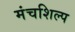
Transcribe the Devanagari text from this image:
मंचशिल्प